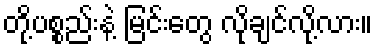
တို့ပစ္စည်းနဲ့ မြင်းတွေ လိုချင်လို့လား။